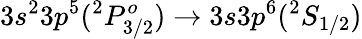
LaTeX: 3s^{2}3p^{5}(^{2}P_{3/2}^{o})\rightarrow 3s3p^{6}(^{2}S_{1/2})